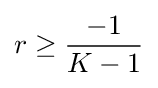
r\geq {\frac {-1}{K-1}}